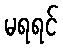
မရရင်